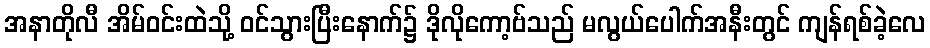
အနာတိုလီ အိမ်ဝင်းထဲသို့ ဝင်သွားပြီးနောက်၌ ဒိုလိုကော့ဗ်သည် မလွယ်ပေါက်အနီးတွင် ကျန်ရစ်ခဲ့လေ